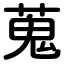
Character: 蒐